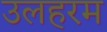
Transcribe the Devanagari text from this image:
उलहरम